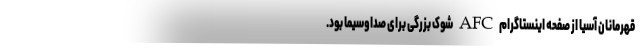
قهرمانان آسیا از صفحه اینستاگرام AFC شوک بزرگی برای صداوسیما بود.